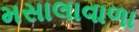
મસાલાવાળા